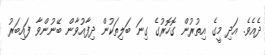
ދެއެވެ. އަދި މީގެ އިތުރުން ގޮހޮރުގެ ގިނަ ބަލިތަކުން ދިފާއުވާން ބޭނުންވާ ފައިބަރު